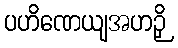
ပဟိဏေယျအဟဉှိ